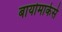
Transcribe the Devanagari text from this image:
बायोमार्कर्स